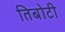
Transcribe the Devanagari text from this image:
तिबोटी